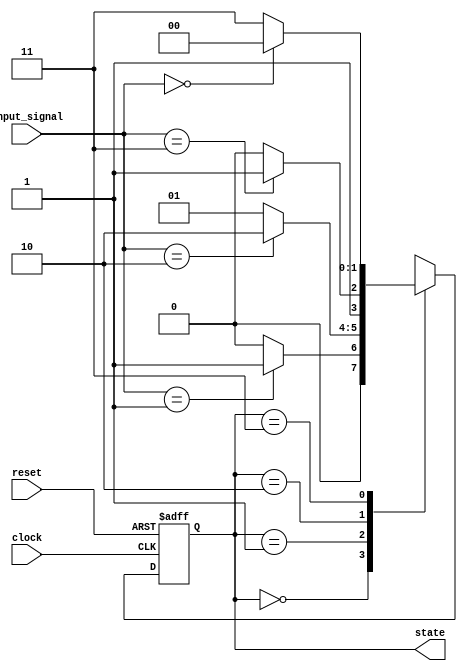
module sequential_logic (
    input wire clock,          // Clock input
    input wire reset,          // Asynchronous reset input
    input wire [1:0] input_signal, // Input signals for state transition
    output reg [1:0] state     // Current state output
);

// State encoding
localparam STATE_0 = 2'b00;
localparam STATE_1 = 2'b01;
localparam STATE_2 = 2'b10;
localparam STATE_3 = 2'b11;

// Sequential logic block
always @(posedge clock or posedge reset) begin
    if (reset) begin
        // Asynchronous reset
        state <= STATE_0; // Initialize state to STATE_0
    end else begin
        // State transition logic
        case (state)
            STATE_0: begin
                if (input_signal == 2'b01) begin
                    state <= STATE_1;
                end else begin
                    state <= STATE_0; // Stay in STATE_0
                end
            end
            
            STATE_1: begin
                if (input_signal == 2'b10) begin
                    state <= STATE_2;
                end else begin
                    state <= STATE_1; // Stay in STATE_1
                end
            end
            
            STATE_2: begin
                if (input_signal == 2'b11) begin
                    state <= STATE_3;
                end else begin
                    state <= STATE_2; // Stay in STATE_2
                end
            end
            
            STATE_3: begin
                if (input_signal == 2'b00) begin
                    state <= STATE_0;
                end else begin
                    state <= STATE_3; // Stay in STATE_3
                end
            end
            
            default: state <= STATE_0; // Default case
        endcase
    end
end

endmodule